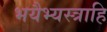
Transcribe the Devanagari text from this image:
भयैभ्यस्त्राहि